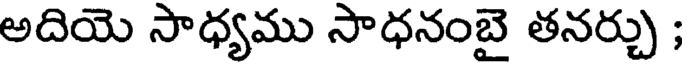
అదియె సాధ్యము సాధనంబై తనర్చు ;